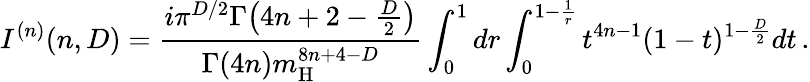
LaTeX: I^{(n)}(n,D)=\frac{i\pi^{D/2}\Gamma\big(4n+2-\frac{D}{2}\big)}{\Gamma(4n)m_{\mathrm{H}}^{8n+4-D}}\int_{0}^{1}dr\int_{0}^{1-\frac{1}{r}}t^{4n-1}(1-t)^{1-\frac{D}{2}}dt\, .